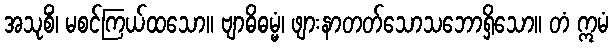
အသုစိံ၊ မစင်ကြယ်ထသော။ ဗျာဓိဓမ္မံ၊ ဖျားနာတတ်သောသဘောရှိသော။ တံ ဣမံ